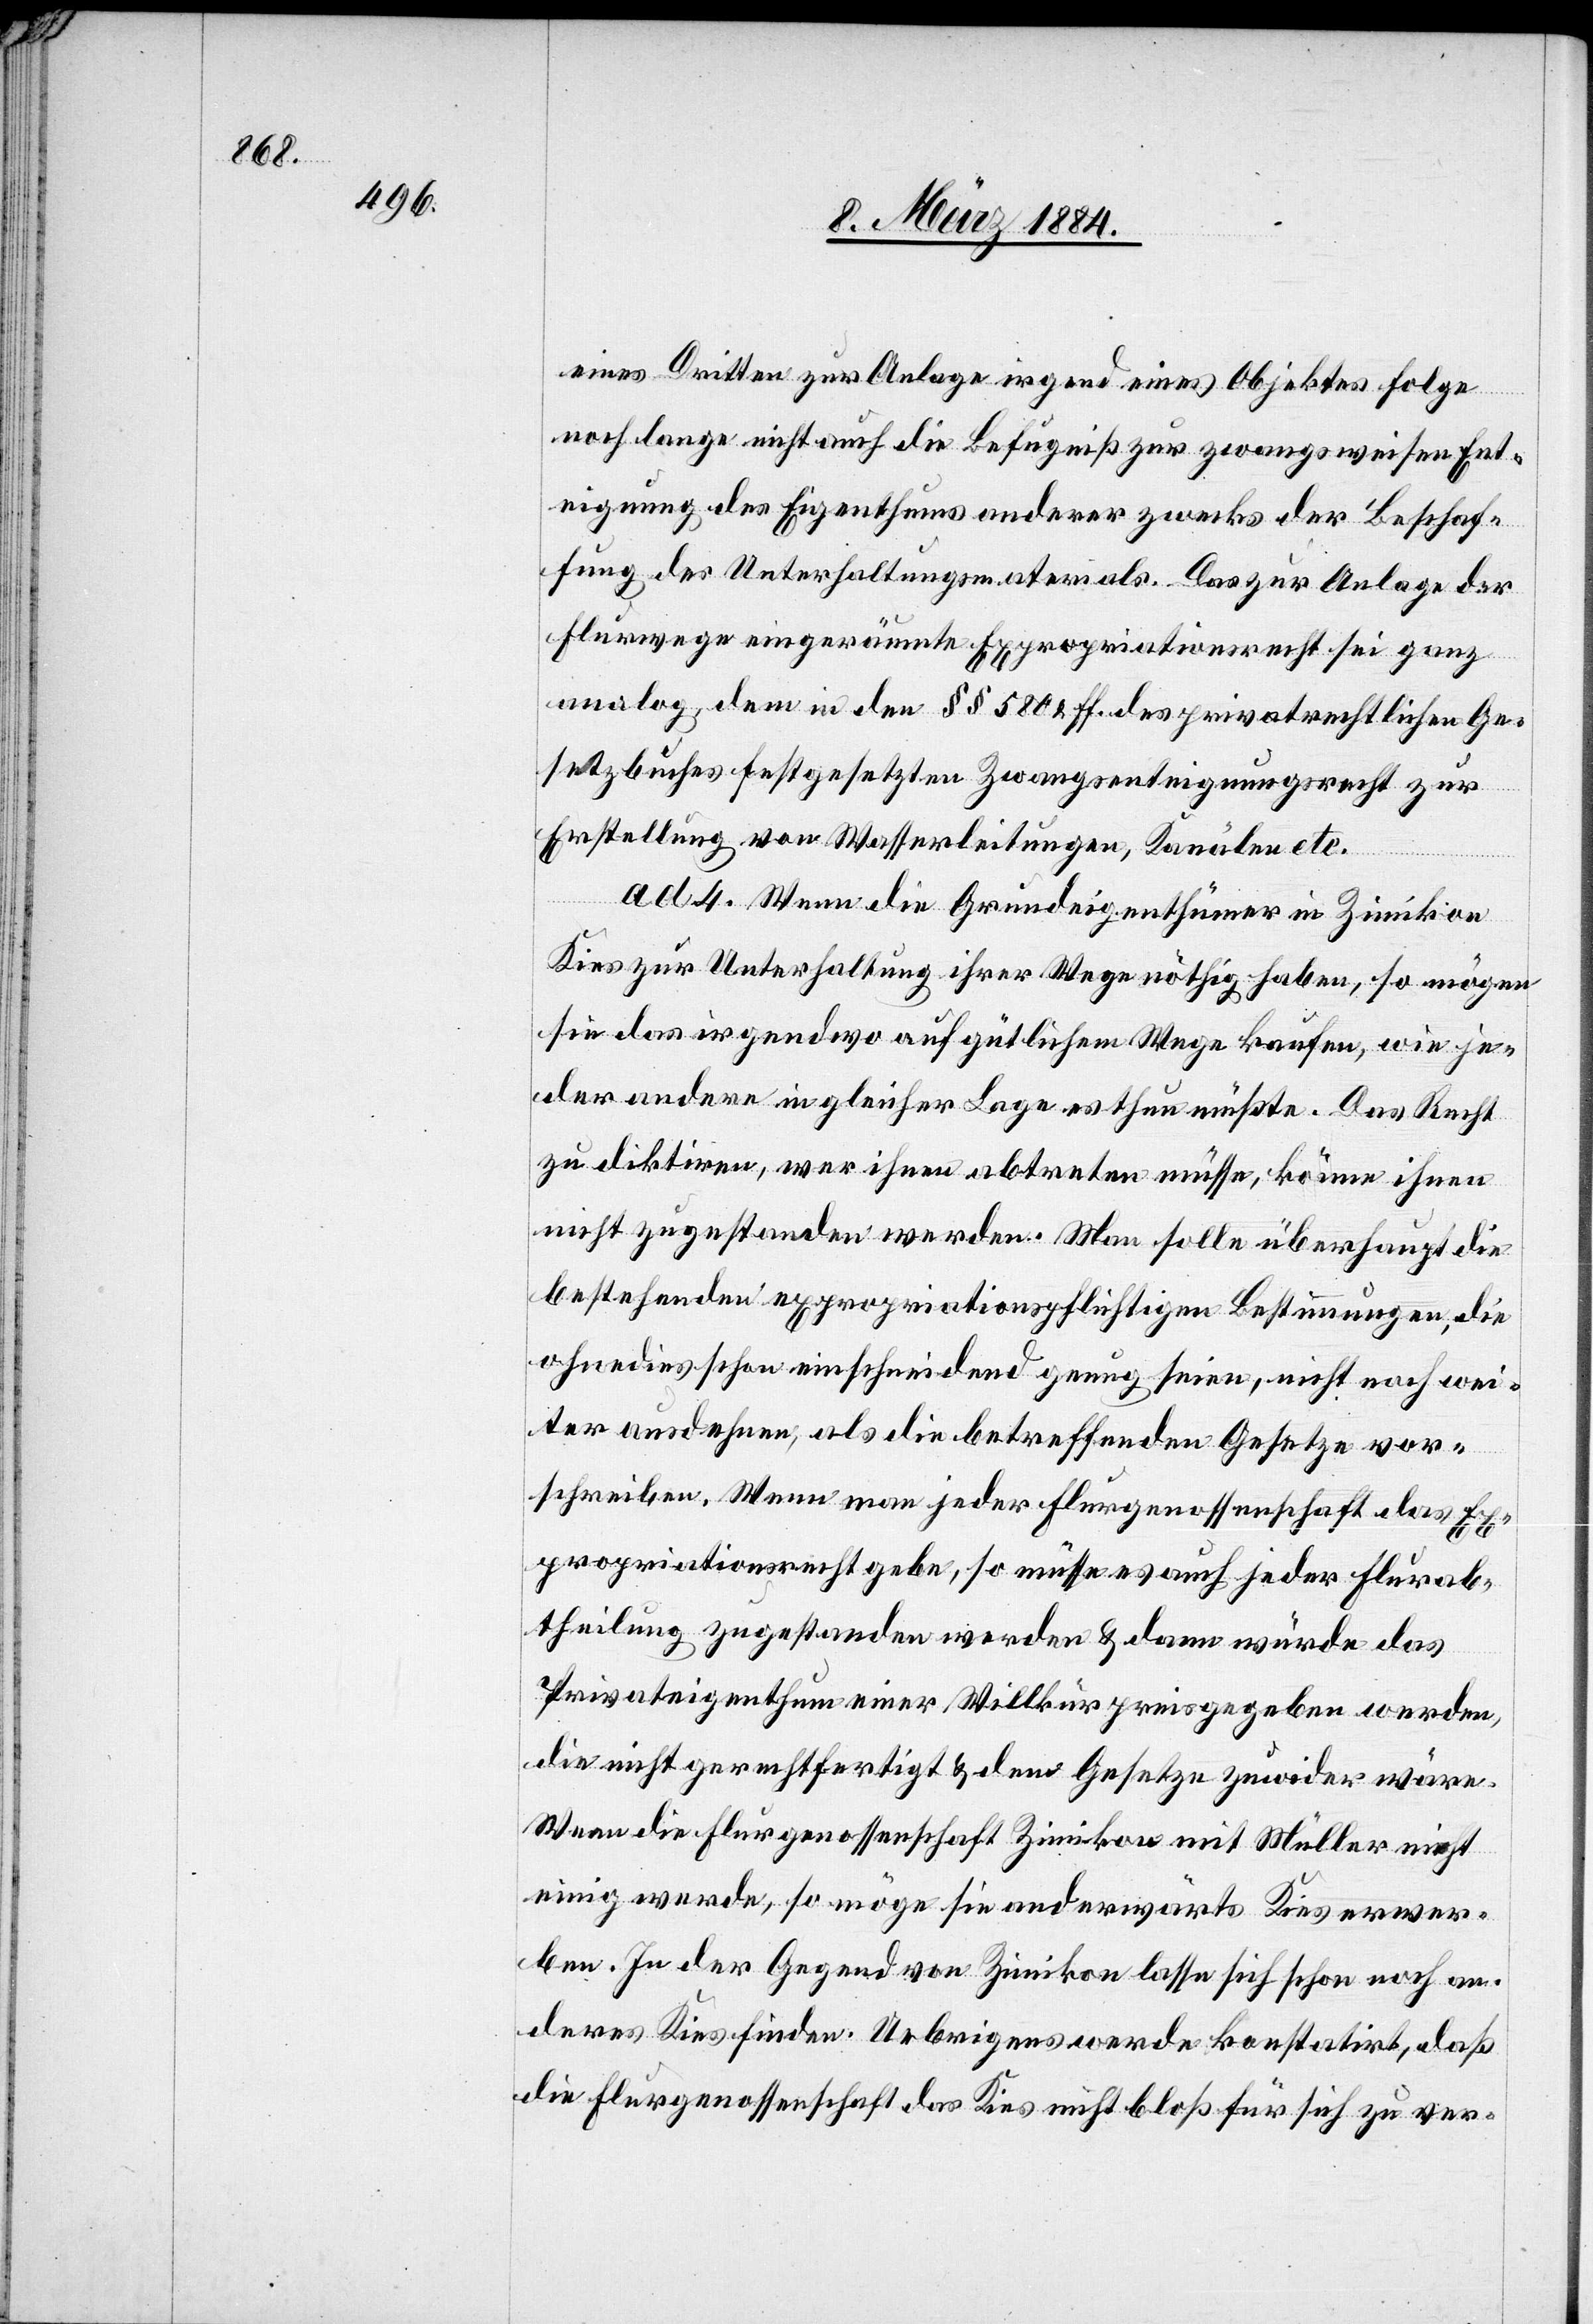
eines Dritten zur Anlage irgend eines Objektes folge
noch lange nicht auch die Befugniß zur zwangsweisen Ent¬
eignung des Eigenthums anderer zwecks der Beschaf¬
fung des Unterhaltungsmaterials. Das zur Anlage der
Flurwege eingeräumte Expropriationsrecht sei ganz
analog dem in den §§ 580 & ff. des privatrechtlichen Ge¬
setzbuches festgesetzten Zwangsenteignungsrecht zur
Erstellung von Wasserleitungen, Kanälen etc.
ad. 4. Wenn die Grundeigenthümer in Zimikon
Kies zur Unterhaltung ihrer Wege nöthig haben, so mögen
sie das irgendwo auf gütlichem Wege kaufen, wie je¬
der andere in gleicher Lage es thun müßte. Das Recht
zu diktiren, wer ihnen abtreten müsse, könne ihnen
nicht zugestanden werden. Man solle überhaupt die
bestehenden expropriationspflichtigen Bestimmungen, die
ohne dies schon einschneidend genug seien, nicht noch wei¬
ter ausdehnen, als die betreffenden Gesetze vor¬
schreiben. Wenn man jeder Flurgenossenschaft das Ex¬
propriationsrecht gebe, so müsse es auch jeder Flurab¬
theilung zugestanden werden & dann würde das
Privateigenthum einer Willkür preisgegeben werden,
die nicht gerechtfertigt & dem Gesetze zuwider wäre.
Wenn die Flurgenossenschaft Zimikon mit Müller nicht
einig werde, so möge sie anderwärts Kies erwer¬
ben. In der Gegend von Zimikon lasse sich schon noch an¬
deres Kies finden. Uebrigens werde konstatirt, daß
die Flurgenossenschaft das Kies nicht bloß für sich zu ver-